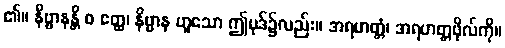
၏။ နိဗ္ဗာနန္တိ စ ဧတ္ထ၊ နိဗ္ဗာန ဟူသော ဤပုဒ်၌လည်း။ အရဟတ္တံ၊ အရဟတ္တဖိုလ်ကို။